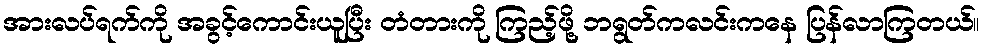
အားလပ်ရက်ကို အခွင့်ကောင်းယူပြီး တံတားကို ကြည့်ဖို့ ဘရွတ်ကလင်းကနေ ပြန်လာကြတယ်။